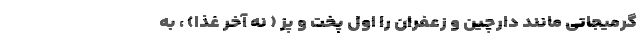
گرمیجاتی مانند دارچین و زعفران را اول پخت و پز ( نه آخر غذا) ، به